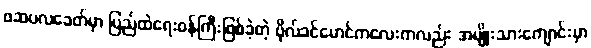
ဖဆပလခေတ်မှာ ပြည်ထဲရေးဝန်ကြီးဖြစ်ခဲ့တဲ့ ဗိုလ်ခင်မောင်ကလေးကလည်း အမျိုးသားကျောင်းမှာ